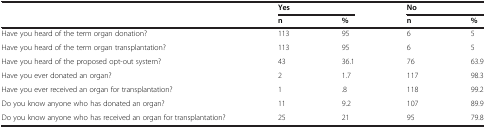
<table><thead><tr><td rowspan="2"><b> </b></td><td colspan="2"><b>Yes</b></td><td colspan="2"><b>No</b></td></tr><tr><td><b>n</b></td><td><b>%</b></td><td><b>n</b></td><td><b>%</b></td></tr></thead><tbody><tr><td>Have you heard of the term organ donation?</td><td>113</td><td>95</td><td>6</td><td>5</td></tr><tr><td>Have you heard of the term organ transplantation?</td><td>113</td><td>95</td><td>6</td><td>5</td></tr><tr><td>Have you heard of the proposed opt-out system?</td><td>43</td><td>36.1</td><td>76</td><td>63.9</td></tr><tr><td>Have you ever donated an organ?</td><td>2</td><td>1.7</td><td>117</td><td>98.3</td></tr><tr><td>Have you ever received an organ for transplantation?</td><td>1</td><td>.8</td><td>118</td><td>99.2</td></tr><tr><td>Do you know anyone who has donated an organ?</td><td>11</td><td>9.2</td><td>107</td><td>89.9</td></tr><tr><td>Do you know anyone who has received an organ for transplantation?</td><td>25</td><td>21</td><td>95</td><td>79.8</td></tr></tbody></table>